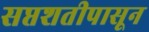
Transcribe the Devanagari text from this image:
सप्तशतीपासून